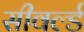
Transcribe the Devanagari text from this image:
सीवर्ल्ड